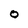
Character: 0